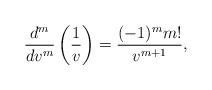
\begin{align*} \frac{d^m}{dv^m}\left(\frac{1}{v}\right)=\frac{(-1)^mm!}{v^{m+1}},\end{align*}